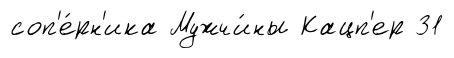
соп'е́рн'ика Мужчи́ны Кацп'ер 31